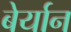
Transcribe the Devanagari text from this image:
बेर्यान